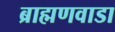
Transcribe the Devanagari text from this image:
ब्राह्मणवाडा